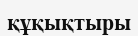
құқықтыры